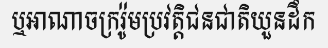
ឬអាណាចក្ររ៉ូមប្រវត្តិជនជាតិយួនដឹក